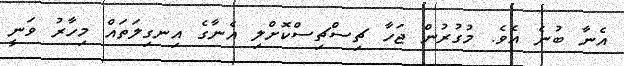
އެނާ ބުނެ އެވެ. މުގުރުން ޖަހާ ޗިސްޗިސްކޮށްލި އެނާގެ އިނގިލަތައް މިހާރު ވަނީ